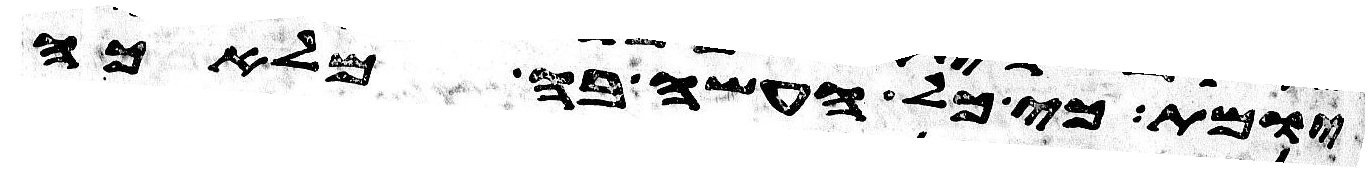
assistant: יומת כי כל העשה בה מלאכה